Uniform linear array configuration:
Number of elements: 16
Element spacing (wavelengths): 0.5
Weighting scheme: binomial
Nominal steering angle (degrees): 45
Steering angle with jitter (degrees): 46.805
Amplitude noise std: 0.05
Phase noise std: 0.05

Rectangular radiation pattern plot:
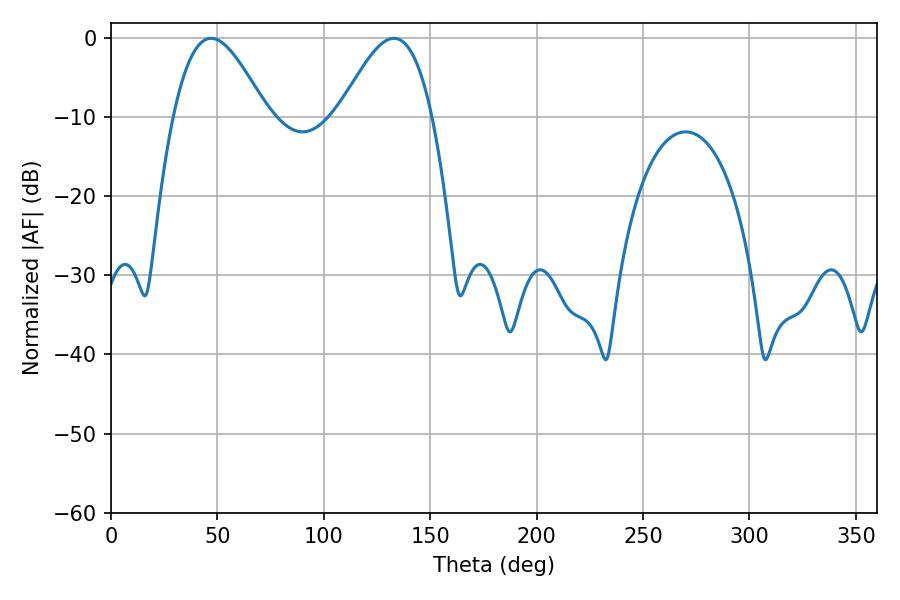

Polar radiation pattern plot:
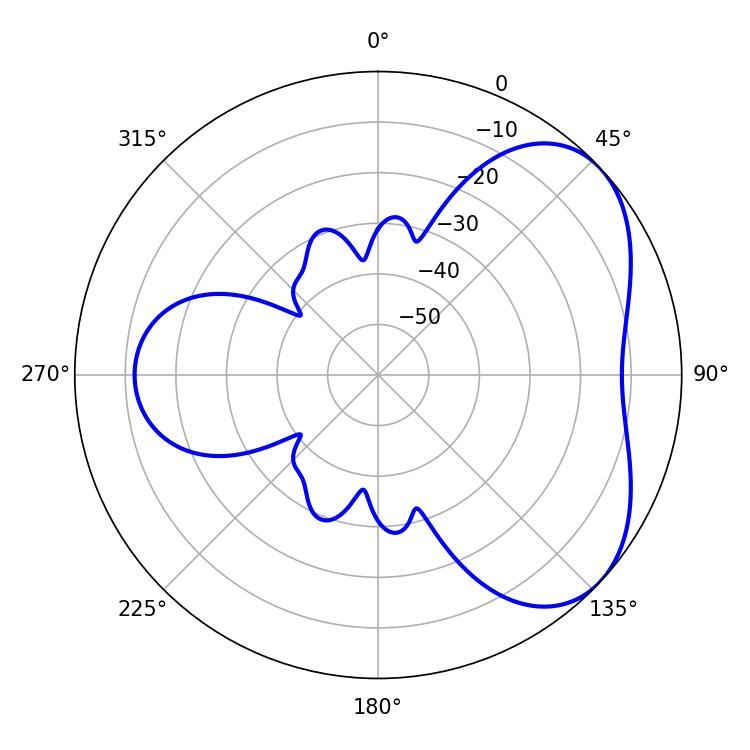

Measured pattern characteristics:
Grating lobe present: FALSE
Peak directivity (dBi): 4.722
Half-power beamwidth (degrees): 23.4
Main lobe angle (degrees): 133.02